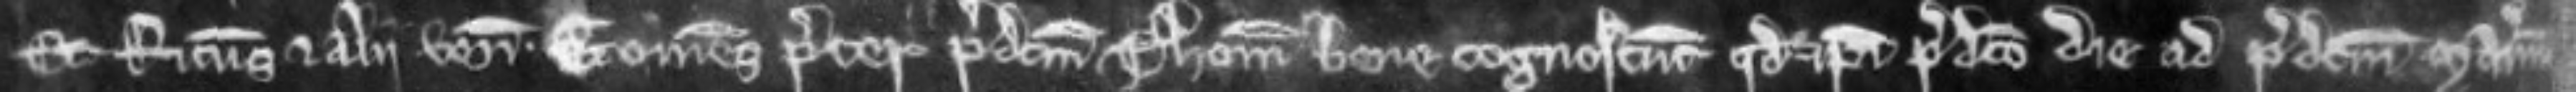
Et Ricardus et alii veniunt. Et omnes preter predictum Thomam bene cognoscunt quod ipsi predicto die ad predictum manerium